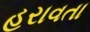
હરાવતા